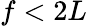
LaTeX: f<2L